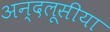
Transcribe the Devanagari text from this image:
अन्दलूसीया